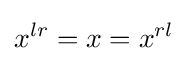
x^{lr}=x=x^{rl}